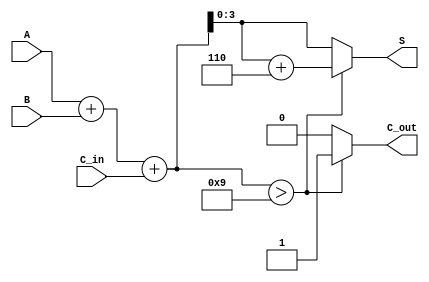
module BCD_Fast_Adder (
    input  wire [3:0] A,      // First BCD digit
    input  wire [3:0] B,      // Second BCD digit
    input  wire       C_in,    // Carry input
    output reg  [3:0] S,       // BCD sum output
    output reg       C_out      // Carry output
);

    // Intermediate sum
    wire [4:0] S_bin; // 5 bits to accommodate carry from addition

    // Step 1: Perform binary addition
    assign S_bin = A + B + C_in;

    // Step 2: Check for BCD correction
    always @(*) begin
        if (S_bin > 9) begin
            S = S_bin + 6; // Apply correction
            C_out = 1;     // Set carry out
        end else begin
            S = S_bin;     // No correction needed
            C_out = 0;     // No carry out
        end
    end

endmodule